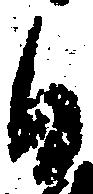
日